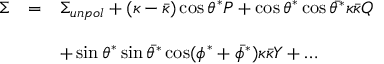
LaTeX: \begin{array} { r c l } { { \Sigma } } & { { = } } & { { \Sigma _ { u n p o l } + ( \kappa - \bar { \kappa } ) \cos \theta ^ { * } { \cal P } + \cos \theta ^ { * } \cos \bar { \theta ^ { * } } \kappa \bar { \kappa } { \cal Q } } } \\ { { } } & { { } } & { { } } \\ { { } } & { { } } & { { + \sin \theta ^ { * } \sin \bar { \theta ^ { * } } \cos ( \phi ^ { * } + \bar { \phi ^ { * } } ) \kappa \bar { \kappa } { \cal Y } + \dots } } \end{array}